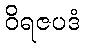
ဝိရဇပဒံ